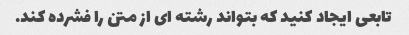
تابعی ایجاد کنید که بتواند رشته ای از متن را فشرده کند.